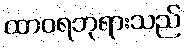
ထာဝရဘုရားသည်